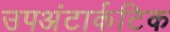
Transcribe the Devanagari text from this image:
उपअंटार्कटिक